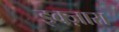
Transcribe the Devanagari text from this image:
इक्ज़ारा